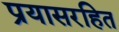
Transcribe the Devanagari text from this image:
प्रयासरहित